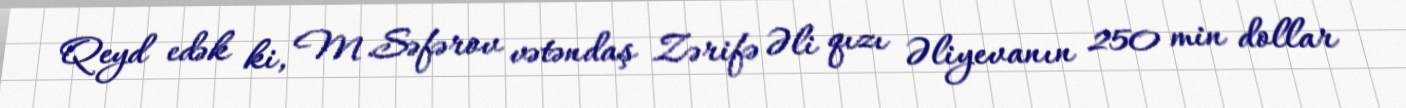
Qeyd edək ki, M.Səfərov vətəndaş Zərifə Əli qızı Əliyevanın 250 min dollar